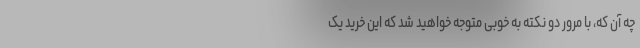
چه آن که، با مرور دو نکته به خوبی متوجه خواهید شد که این خرید یک